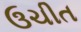
ઉચીત